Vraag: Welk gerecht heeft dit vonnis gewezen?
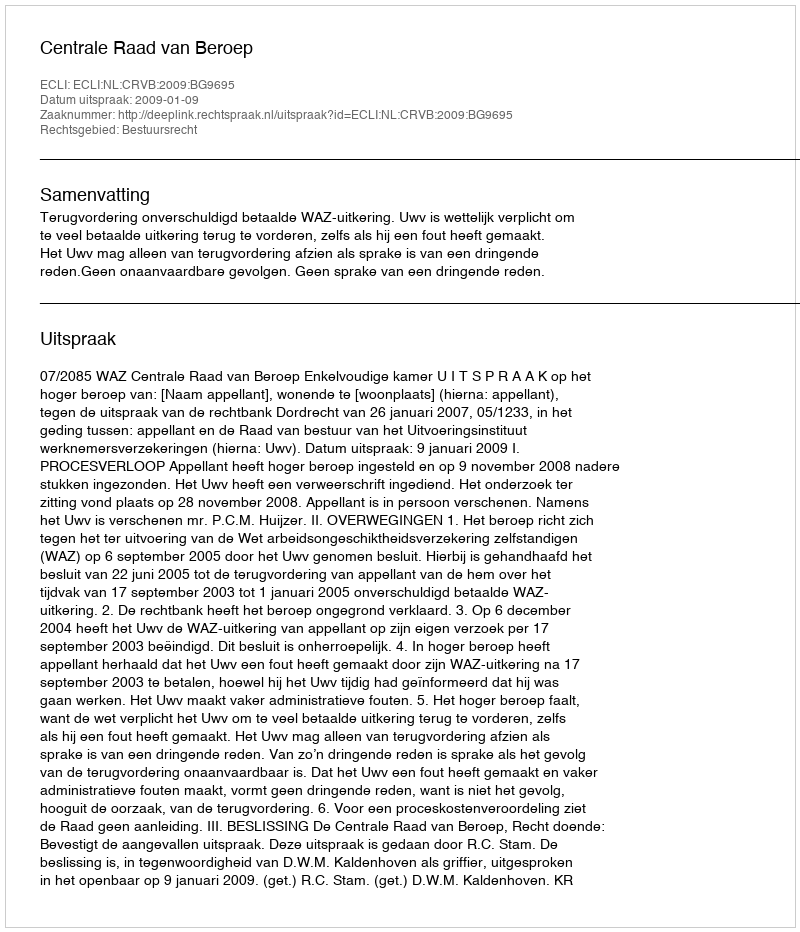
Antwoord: Centrale Raad van Beroep